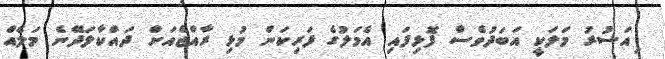
ިއަސުރު މަލަކީ އަބަދުވެސް ފޮޅިފައި އެމަލުގެ ފަރިކަން މުޅި ރާއްޖެއަށް ދައްކާލަދޭނެ މަލެއް